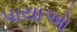
પાયાઓ